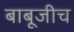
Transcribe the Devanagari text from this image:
बाबूजीच